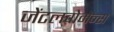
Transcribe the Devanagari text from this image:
जेंटलवोमेन्स